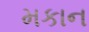
મકાન